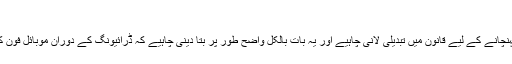
‘
میرا خیال ہے کہ پیغام پہنچانے کے لیے قانون میں تبدیلی لانی چاہیے اور یہ بات بالکل واضح طور پر بتا دینی چاہیے کہ ڈرائیونگ کے دوران موبائل فون کا استعمال خطرناک ہے۔